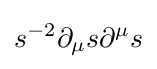
s^{-2}\partial _{\mu }s\partial ^{\mu }s